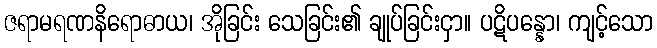
ဇရာမရဏနိရောဓာယ၊ အိုခြင်း သေခြင်း၏ ချုပ်ခြင်းငှာ။ ပဋိပန္နော၊ ကျင့်သော